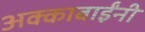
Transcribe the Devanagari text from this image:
अक्काबाईंनी